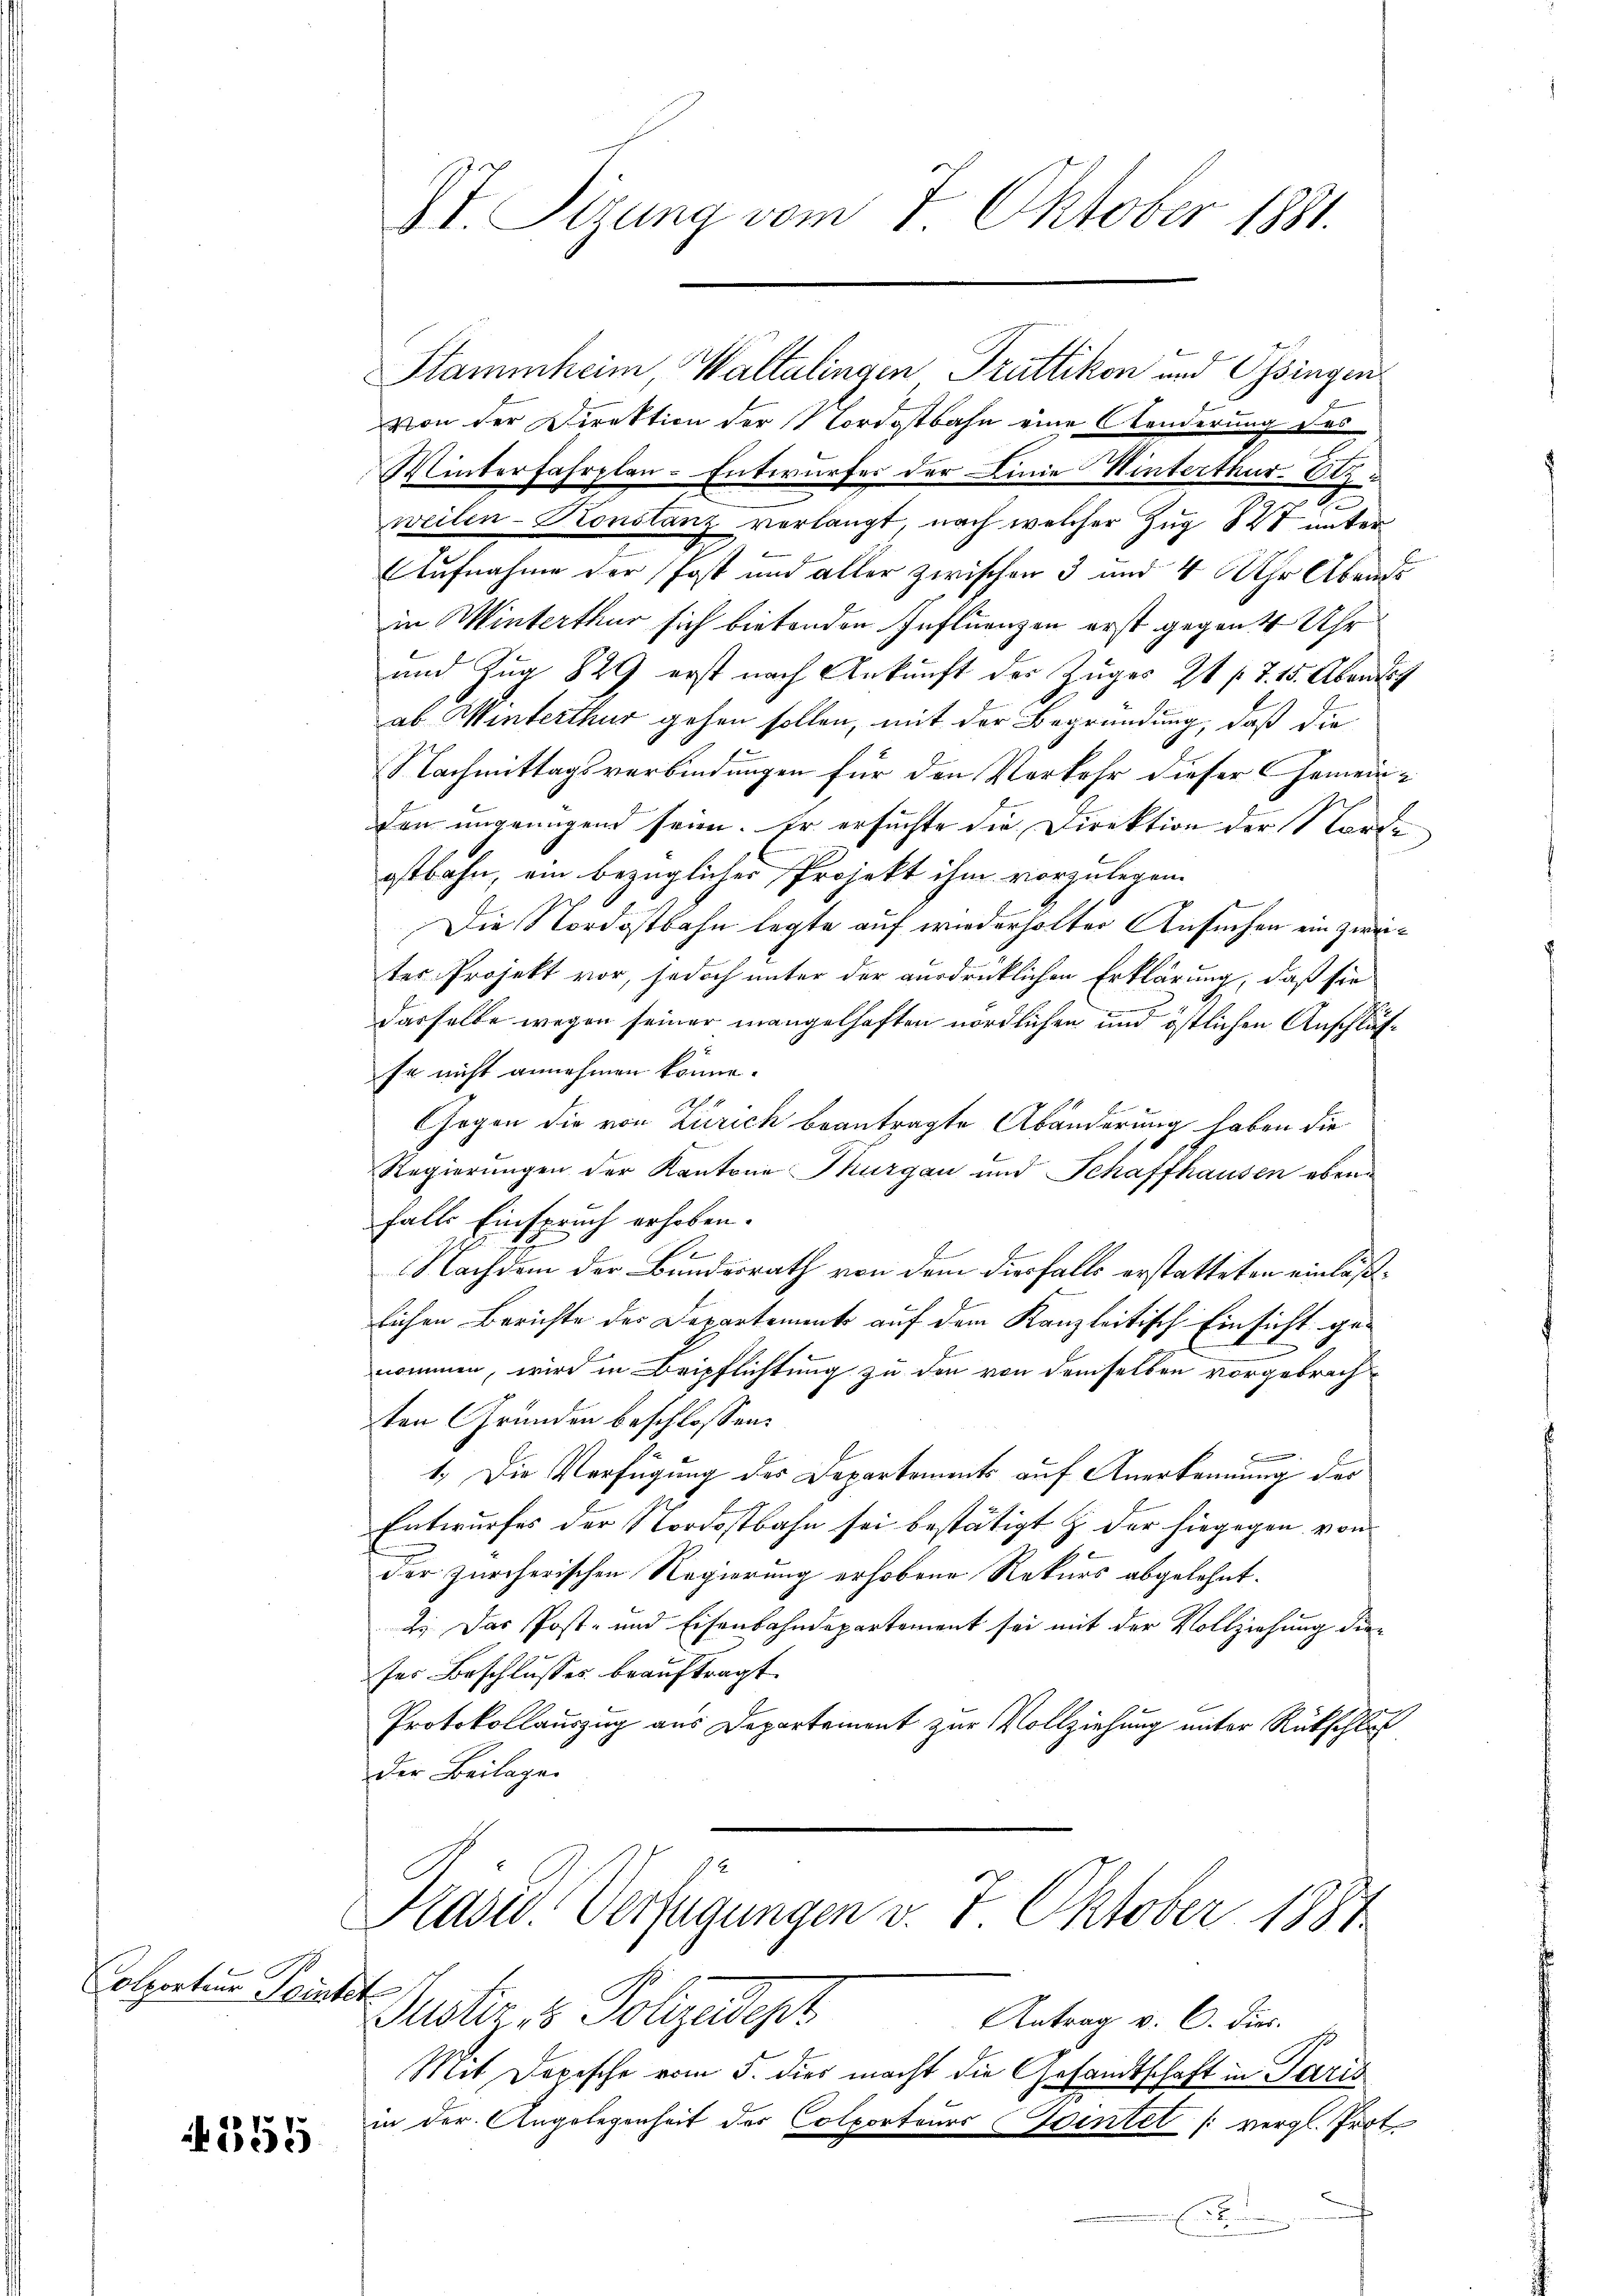
Colporteur Printet

255

St. Sizung vom 7. Oktober 1881.

Stammheim Waltalingen Truttikon und Ossingen
von der Direktion der Nordostbahn eine Aenderung des
Winterfahrplan-Entwurfes der Linie Winterthur Sizweilen-Konstanz verlangt, nach welcher Zug 827 unter
Aufnahme der Post und aller zwischen 3 und 4 Uhr Abends
in Winterthur sich bietenden Influenzen erst gegen 4 Uhr
und Zug 829 erst nach Ankunft der Zuges 24 s. Z. 15. Abent
ab Winterthur gehen sollen, mit der Begründung, daß die
Nachmittagsverbindungen für den Verkehr dieser Gemeinden ungenügend seien. Er ersuchte die Direktion der Nordostbahn, ein bezüglicher Projekt ihm vorzulegen.
l
Die Nordostbahn legte auf wiederholter Ansuchen ein zweiter Projekt vor, jedoch unter der ausdrücklichen Erklärung, daß sie
dasselbe wegen seiner mangelhaften nördlichen und östlichen Anschläs¬
Er nicht annehmen könne.
Gegen die von Zürich beantragte Abänderung haben die
Regierungen der Kantone Thurgau und Schaffhausen ebenfalls Einspruch erhoben.
Nachdem der Bundesrath von dem diesfalls erstatteten einläßlichen Berichte des Departement auf dem Kanzleitisch Einsicht genommen, wird in Beipflichtung zu den von demselben vorgebrachten Gründen beschlossen:
n
1.) Die Verfügung des Departements auf Anerkennung des
Entwurfes der Nordostbahn sei bestätigt z. der hingegen von
der zürcherischen Regierung erhobene Rekurs abgelehnt.
2. Das Post- und Eisenbahndepartement sei mit der Vollziehung dieses Beschlusses beauftragt.
Protokollauszug aus Departement zur Vollziehung unter Rückschluß
Der Beilagen

Präver Verfügungen v. 7. Oktober 1881

Justiz- & Polizeidepr
Antrag v. C. Dies
Mit Dopische vom 5. dies macht die Gesandtschaft in Paris
in der Angelegenheit des Colporteurs eintel (vergl. Prot.